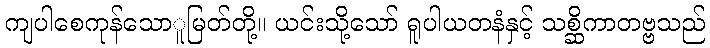
ကျပါစေကုန်သောူမြတ်တို့။ ယင်းသို့သော် ရူပါယတနံနှင့် သစ္ဆိကာတဗ္ဗသည်